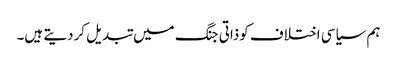
ہم سیاسی اختلاف کوذاتی جنگ میں تبدیل کردیتے ہیں۔